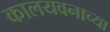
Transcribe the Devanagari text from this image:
कालयवनाच्या